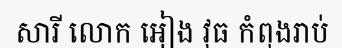
សារី លោក អៀង វុធ កំពុងរាប់